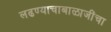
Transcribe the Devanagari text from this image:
लढण्याचाबाळाजींचा